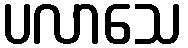
ပလာသေ